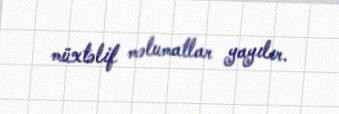
müxtəlif məlumatlar yayılır.